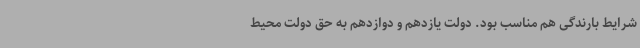
شرایط بارندگی هم مناسب بود. دولت یازدهم و دوازدهم به حق دولت محیط